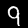
Label: 9